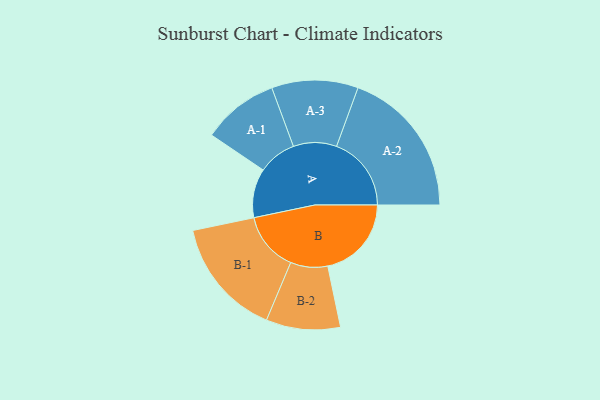
{"axis": {"x": "Segment", "y": "Value"}, "legend": ["", "A", "B"], "data": [{"x": "A", "y": 177, "type": ""}, {"x": "B", "y": 302, "type": ""}, {"x": "A-1", "y": 138, "type": "A"}, {"x": "A-2", "y": 270, "type": "A"}, {"x": "A-3", "y": 156, "type": "A"}, {"x": "B-1", "y": 214, "type": "B"}, {"x": "B-2", "y": 134, "type": "B"}]}